Indian Civil Veterinary Department memoirs
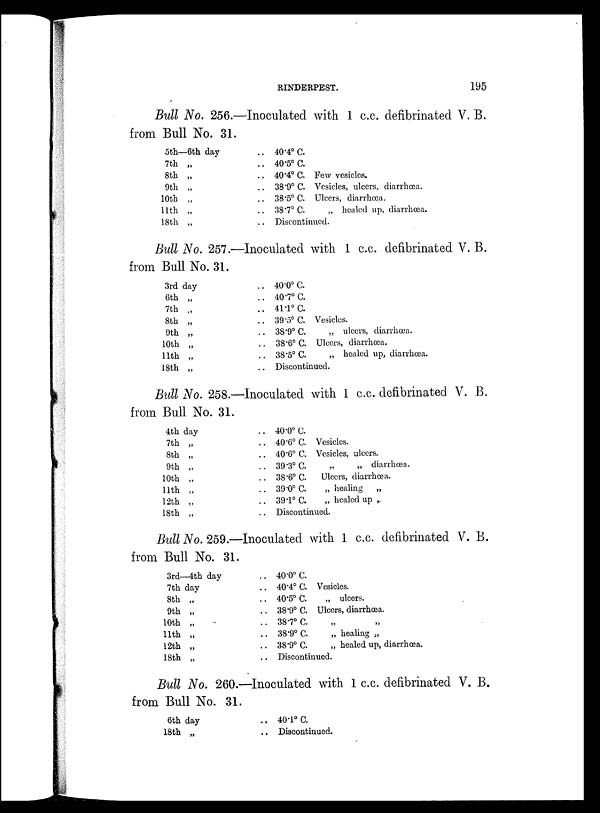
RINDERPEST.
195
Bull No. 256.—Inoculated with 1 c.c. defibrinated V. B.
from Bull No. 31.
5th—6th day
7th „
8th „
9th „
10th „
11th „
18th „
.. 40.4º C.
.. 40.5º C.
.. 40.4º C. Few vesicles.
.. 38.9º C. Vesicles, ulcers, diarrhœa.
.. 38.5º C. Ulcers, diarrhœa.
.. 38.7º C.
„ healed up, diarrhœa
.. Discontinued.
Bull No. 257.—Inoculated with 1 c.c. defibrinated V. B.
from Bull No. 31.
3rd day
6th „
7th „
8th „
9th „
10th „
11th „
18th „
.. 40.0º C.
.. 40.7º C.
.. 41.1º C.
.. 39.5º C. Vesicles.
.. 38.9º C.
„ ulcers, diarrhœa.
.. 38.6º C. Ulcers, diarrhœa.
.. 38.5º C.
„ healed up, diarrhœa
.. Discontinued.
Bull No. 258.—Inoculated with 1 c.c. defibrinated V. B.
from Bull No. 31.
4th day
7th „
8th „
9th „
10th „
11th „
12th „
18th „
.. 40.0º C.
.. 40.6º C. Vesicles.
.. 40.6º C. Vesicles, ulcers.
.. 39.3º C.
„
„ diarrhœa.
.. 38.6º C. Ulcers, diarrhœa.
.. 39.0º C.
„ healing
„
.. 391º C.
„ healed up ,
.. Discontinued.
Bull No. 259.—Inoculated with 1 c.c. defibrinated V. B.
from Bull No. 31.
3rd—4th day
7th day
8th „
9th „
10th „
11th „
12th „
18th „
.. 40.0º C.
.. 40.4º C. Vesicles.
.. 40.5º C.
„ ulcers.
.. 38.9º C. Ulcers, diarrhœa.
.. 38.7º C. „ „
.. 38.9º C.
„ healing „
.. 38.9º C.
„ healed up, diarrhœa.
.. Discontinued.
Bull No. 260.—Inoculated with 1 c.c. defibrinated V. B.
from Bull No. 31.
6th day
18th ..
.. 40.1º C.
.. Discontinued.